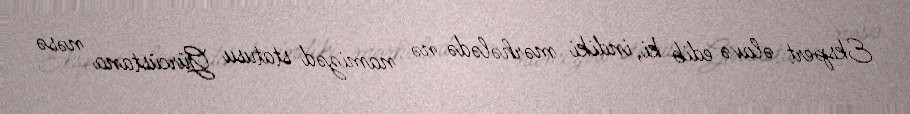
Ekspert əlavə edib ki, indiki mərhələdə nə namizəd statusu Gürcüstana nəsə